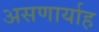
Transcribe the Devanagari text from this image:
असणार्याह